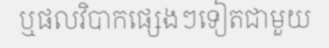
ឬផលវិបាកផ្សេងៗទៀតជាមួយ